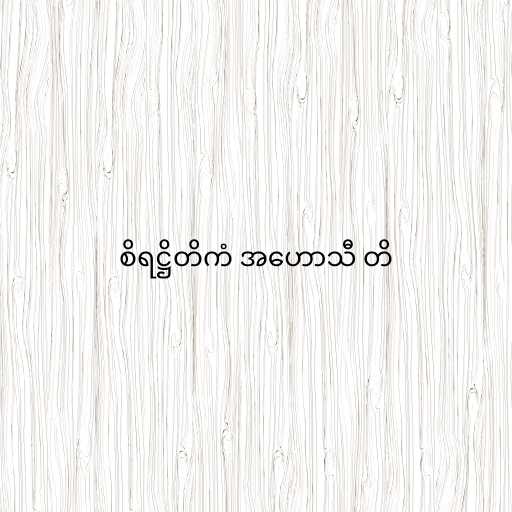
စိရဋ္ဌိတိကံ အဟောသီ တိ